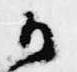
候